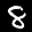
Label: 8